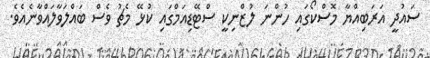
ސައުދީ އަރަބިއްޔާ މޮސްކޯގައި ހުންނަ ލުޒްނިކީ ސްޓޭޑިއަމްގައި ކުޅޭ މެޗު ވެސް ބައްލަވާލައްވާނެއެވެ.